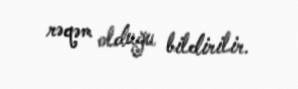
rəqəm olduğu bildirilir.